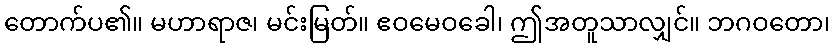
တောက်ပ၏။ မဟာရာဇ၊ မင်းမြတ်။ ဧဝမေဝခေါ၊ ဤအတူသာလျှင်။ ဘဂဝတော၊